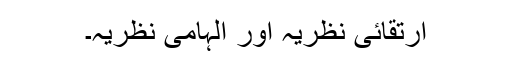
ارتقائی نظریہ اور الہامی نظریہ۔